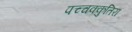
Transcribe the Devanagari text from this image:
पच्चक्कुतिरा